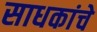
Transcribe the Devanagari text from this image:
साधकांचे